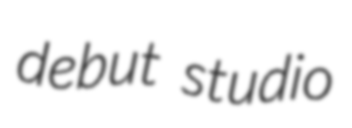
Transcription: debut studio